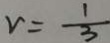
v = \frac { 1 } { 3 }